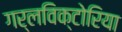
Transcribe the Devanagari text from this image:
गर्लविक्टोरिया